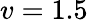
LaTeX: v=1.5